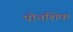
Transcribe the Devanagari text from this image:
पीनशिफ